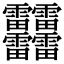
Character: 䨻